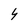
Character: 4